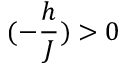
( - \frac { h } { J } ) > 0